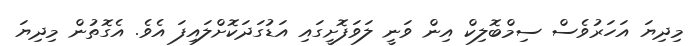
މިދިޔަ އަހަރުވެސް ސިމްބޮލިކް އިން ވަނީ ލަވަފޮށީގައި އަޑުގަދަކޮށްލައިފަ އެވެ. އެގޮތުން މިދިޔަ